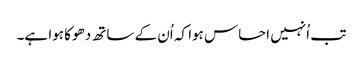
تب اُنہیں احساس ہوا کہ اُن کے ساتھ دھوکا ہوا ہے۔